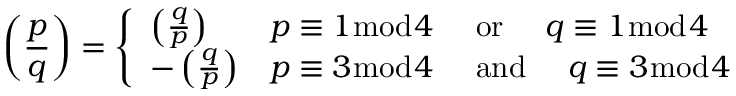
\left( { \frac { p } { q } } \right) = { \left\{ \begin{array} { l l } { \left( { \frac { q } { p } } \right) } & { p \equiv 1 { \bmod { 4 } } \quad { \mathrm { ~ o r ~ } } \quad q \equiv 1 { \bmod { 4 } } } \\ { - \left( { \frac { q } { p } } \right) } & { p \equiv 3 { \bmod { 4 } } \quad { \mathrm { ~ a n d ~ } } \quad q \equiv 3 { \bmod { 4 } } } \end{array} \right. }